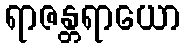
ရာဇန္တရာယော